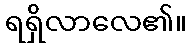
ရရှိလာလေ၏။